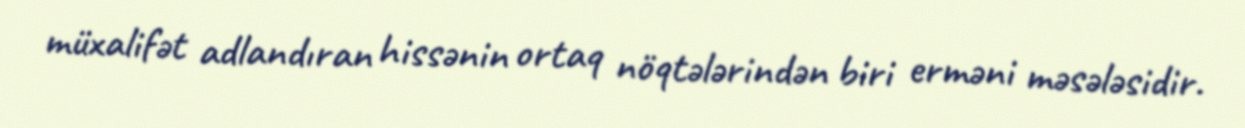
müxalifət adlandıran hissənin ortaq nöqtələrindən biri erməni məsələsidir.